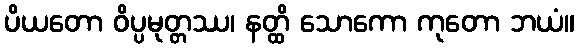
ပိယတော ဝိပ္ပမုတ္တဿ၊ နတ္ထိ သောကော ကုတော ဘယံ။